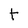
Character: t